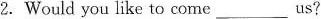
2. Would you like to come___us?